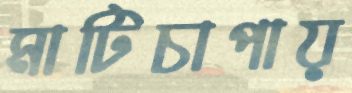
মাটিচাপায়